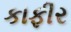
કાફીર